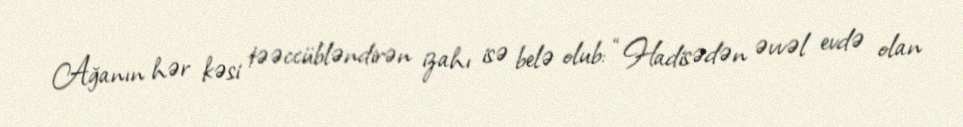
Ağanın hər kəsi təəccübləndirən izahı isə belə olub: “Hadisədən əvvəl evdə olan